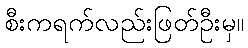
စီးကရက်လည်းဖြတ်ဦးမှ။